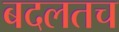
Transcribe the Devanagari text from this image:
बदलतच